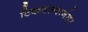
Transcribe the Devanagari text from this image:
टिकवल्यानंतर